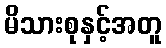
မိသားစုနှင့်အတူ